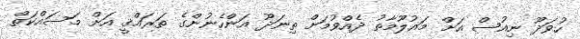
ހުވަދޫ ނިއުސް އަށް މައުލޫމާތު ދެއްވުމަށް ތިނަދޫ އަންހެނުންގެ ތަރައްޤީ އަށް މަސައްކަތް